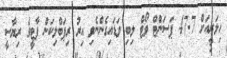
ހިލަރީއަށް 47.7 ޕަސަންޓް ވޯޓް ލިބި ވަޑައިގެންނެވި އިރު ރިޕަބްލިކަން ޕާޓީގެ ރިޔާސީ